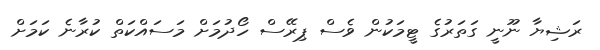
ރަޝިޔާ ނޫނީ ގަތަރުގެ ޓީމަކުން ވެސް ޕިރޭސް ހޯދުމަށް މަސައްކަތް ކުރާނެ ކަމަށް